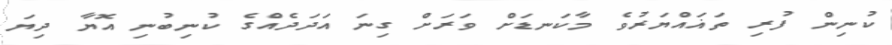
ކުނިން ފުރި ތަޣައްޔަރުވެ މާކަނޑަށް ވަރަށް ގިނަ އަދަދެއްގެ ކުނިބުނި އޮޔާ ދިޔަ